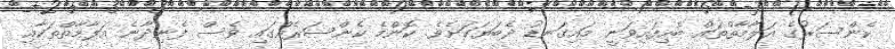
ކެންސަރުގެ އަލާމާތްތައް ބެހިފައިވަނީ މައިގަނޑު ދެބަޔަކަށެވެ. ކޮންމެ ކެންސަރެއްގައި ވެސް ފެނިދާނެ އަލާމާތްތަކާއި